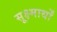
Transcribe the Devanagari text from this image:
सूक्ष्मार्थों